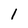
Character: I